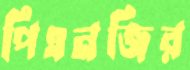
পিএনজির